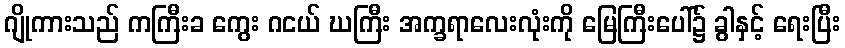
ဂျိုကားသည် ကကြီးခ ကွေး ဂငယ် ဃကြီး အက္ခရာလေးလုံးကို မြေကြီးပေါ်၌ ခွါနှင့် ရေးပြီး